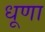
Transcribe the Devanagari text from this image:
धूणा